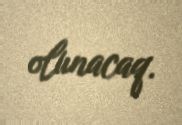
olunacaq.